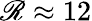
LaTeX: \mathscr{R}\approx12